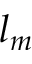
l _ { m }